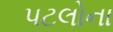
પટલોના